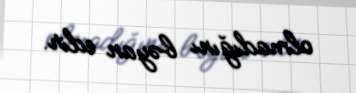
olmadığını bəyan edir.